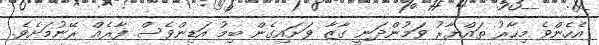
އެހެންވެ މިހާރު ތައްޔާރު ވަމުންދަނީ ގާޒާ ވަށައިގެން ބިމު އަޑިންވެސް ފާރެއް ރޭނުމަށެވެ.